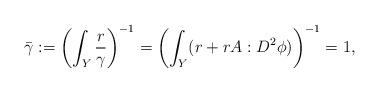
LaTeX: \begin{align*}\bar{\gamma}:= \left(\int_Y \frac{r}{\gamma}\right)^{-1} = \left(\int_Y (r+r A:D^2\phi)\right)^{-1} = 1,\end{align*}